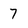
Character: 7